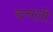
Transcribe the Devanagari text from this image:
रुचली